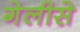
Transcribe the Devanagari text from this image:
गेलीसे